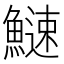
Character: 䲇